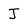
Character: J